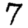
Digit: 7